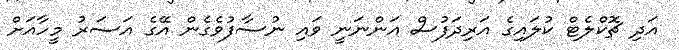
އަދި ޗޮކްލެޓް ކުލައިގެ އަރިދަފުސް އަންނަނީ ވައި ނުސާފުވެގެން އޭގެ އަސަރު މީހާއަށް